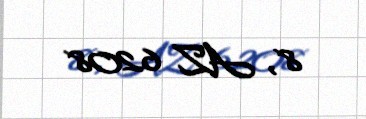
8, AZ 6208